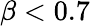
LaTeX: \beta<0.7